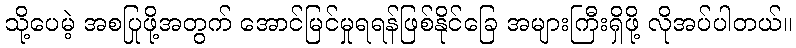
သို့ပေမဲ့ အစပြုဖို့အတွက် အောင်မြင်မှုရရန်ဖြစ်နိုင်ခြေ အများကြီးရှိဖို့ လိုအပ်ပါတယ်။